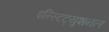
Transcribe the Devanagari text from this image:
इन्स्टिट्युशनल